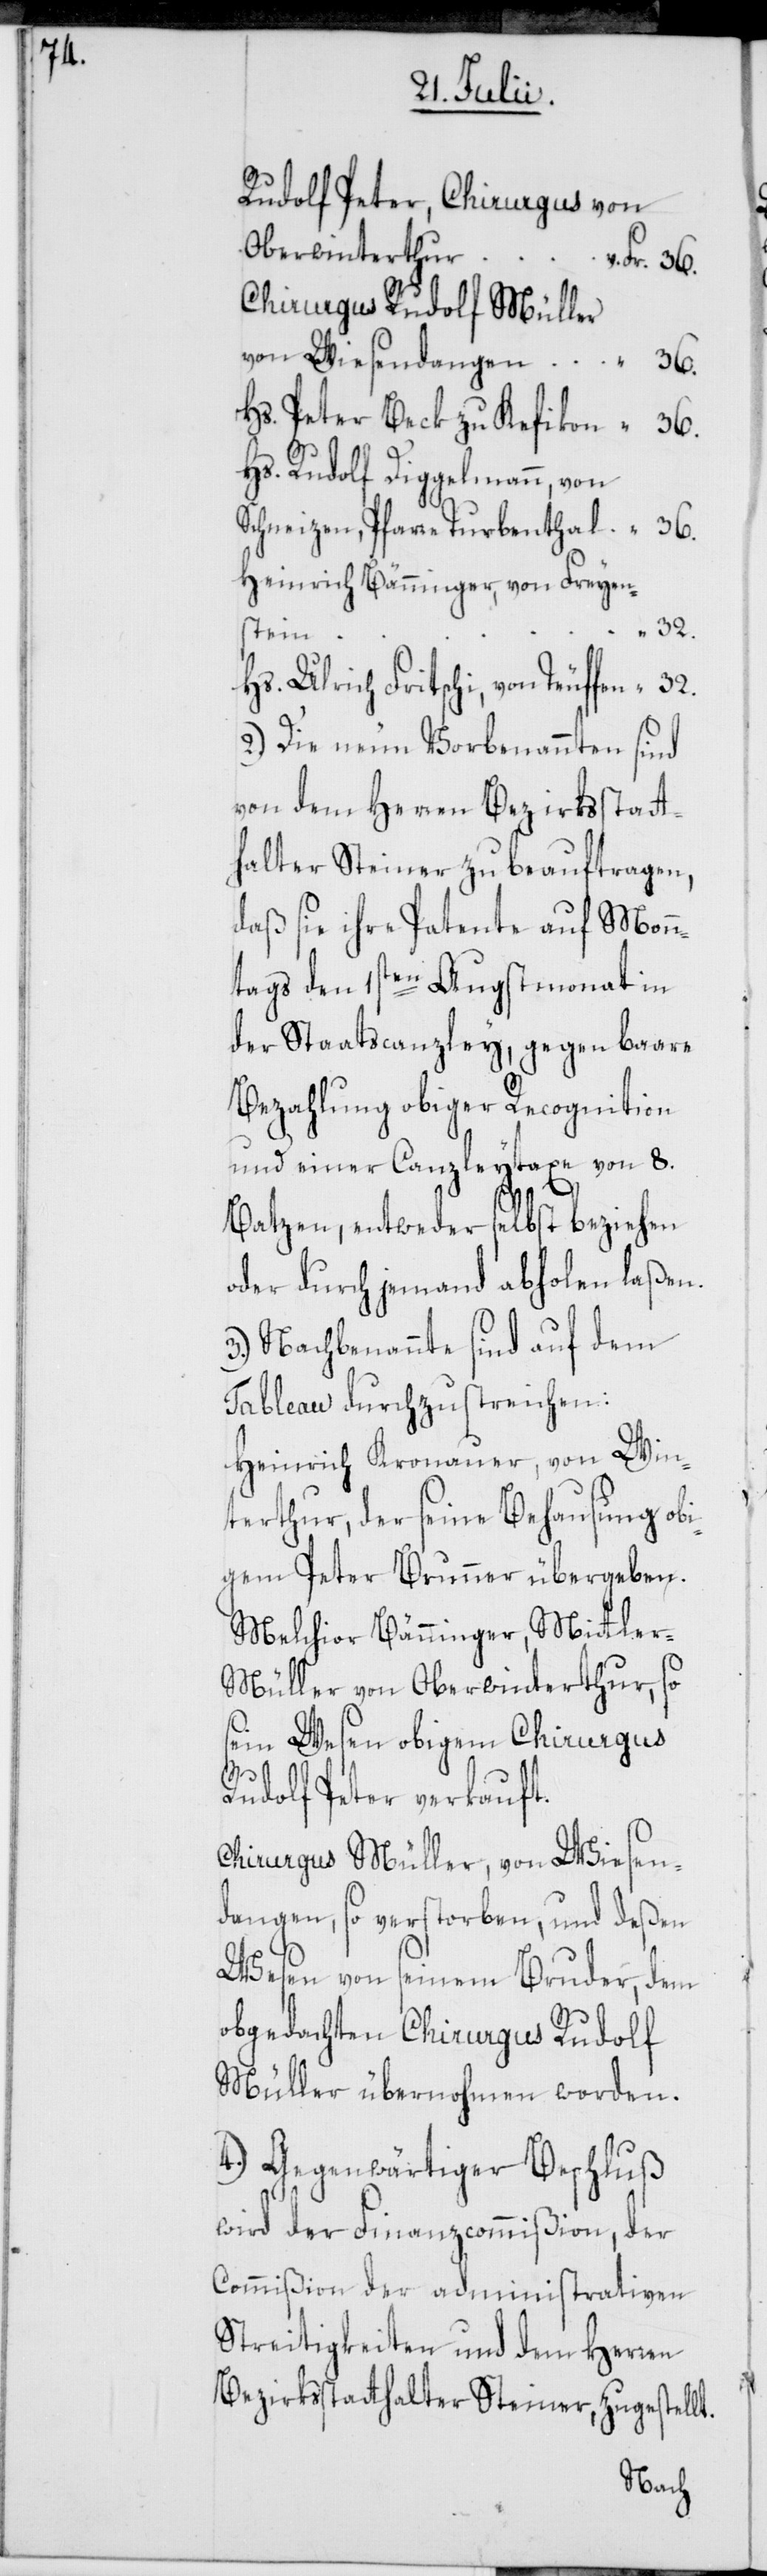
Rudolf Peter, Chirurgus von
Oberwinterthur,
Fr. 36.
Chirurgus Rudolf Müller
von Wiesendangen, “ 36.
Hs. Peter Beck zu Kefikon “ 36.
Hs. Rudolf Diggelmann, von
Schneizen, Pfarre Turbenthal “ 36.
Heinrich Bänninger, von Freyen¬
32.
stein,
Hs. Ulrich Fritschi, von Teuffen “
2.) Die neun Vorbenannten sind
von dem Herren Bezirksstatt¬
halter Steiner zu beauftragen,
daß sie ihre Patente auf Mon¬
ntags den 1sten Augstmonat in
der Staatscanzley, gegen baare
Bezahlung obiger Recognition
und einer Canzleytaxe von 8.
Batzen, entweder selbst beziehen
oder durch jemand abholen laßen.
3.) Nachbenannte sind auf dem
Tableau durchzustreichen:
Heinrich Kronauer, von Win¬
terthur, der seine Behausung obi¬
gem Peter Brunner übergeben.
Melchior Bänninger, Mittler-M¬
üller von Oberwinterthur, so
sein Wesen obigem Chirurgus
Rudolf Peter verkauft.
Chirurgus Müller, von Wiesen¬
dangen, so verstorben, und deßen
Wesen von seinem Bruder, dem
obgedachten Chirurgus Rudolf
Müller übernohmen worden.
4.) Gegenwärtiger Beschluß
wird der Finanzcommißion, der
Commißion der administrativen
Streitigkeiten und dem Herren
Bezirksstatthalter Steiner, zugestellt.